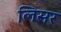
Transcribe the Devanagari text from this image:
लिसर